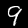
Label: 9